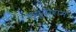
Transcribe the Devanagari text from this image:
क्षुदीराम